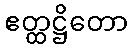
ဧတ္ထဋ္ဌိတော